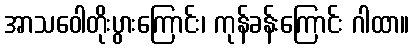
အာသဝေါတိုးပွားကြောင်း၊ ကုန်ခန်းကြောင်း ဂါထာ။